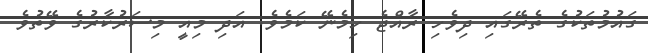
ގައުމުތަކުގެ ތެރޭގައި ދިވެހި ރާއްޖެ ހިމެނޭ ކަމެވެ. އަދި މިއީ މިސަރުކާރުގެ ވޭތުވެ